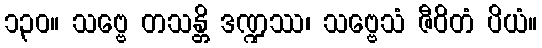
၁၃၀။ သဗ္ဗေ တသန္တိ ဒဏ္ဍဿ၊ သဗ္ဗေသံ ဇီဝိတံ ပိယံ။